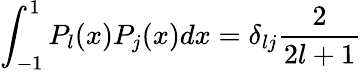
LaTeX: \int_{-1}^{1}P_{l}(x)P_{j}(x)dx=\delta_{lj}\frac{2}{2l+1}